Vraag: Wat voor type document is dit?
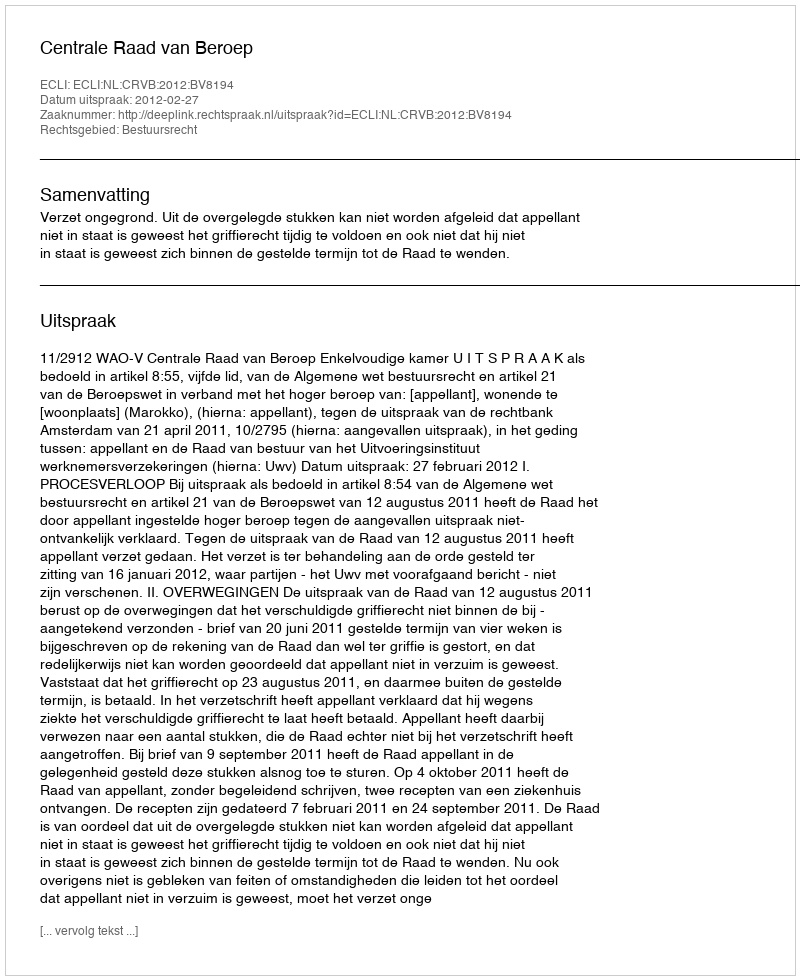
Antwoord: Uitspraak